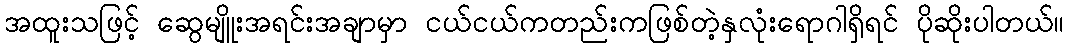
အထူးသဖြင့် ဆွေမျိူးအရင်းအချာမှာ ငယ်ငယ်ကတည်းကဖြစ်တဲ့နှလုံးရောဂါရှိရင် ပိုဆိုးပါတယ်။